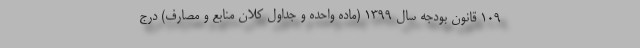
109 قانون بودجه سال 1399 (ماده واحده و جداول کلان منابع و مصارف) درج